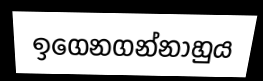
ඉගෙනගන්නාහුය